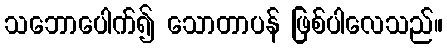
သဘောပေါက်၍ သောတာပန် ဖြစ်ပါလေသည်။